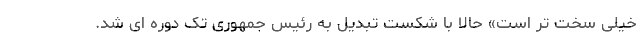
خیلی سخت تر است» حالا با شکست تبدیل به رئیس جمهوری تک دوره ای شد.